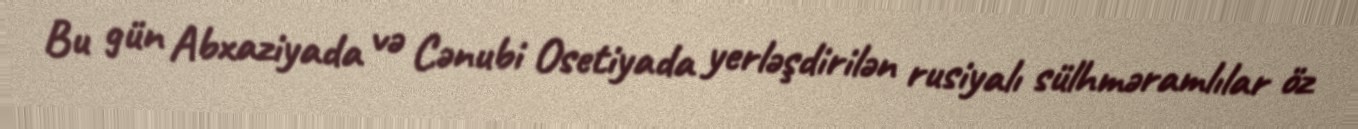
Bu gün Abxaziyada və Cənubi Osetiyada yerləşdirilən rusiyalı sülhməramlılar öz